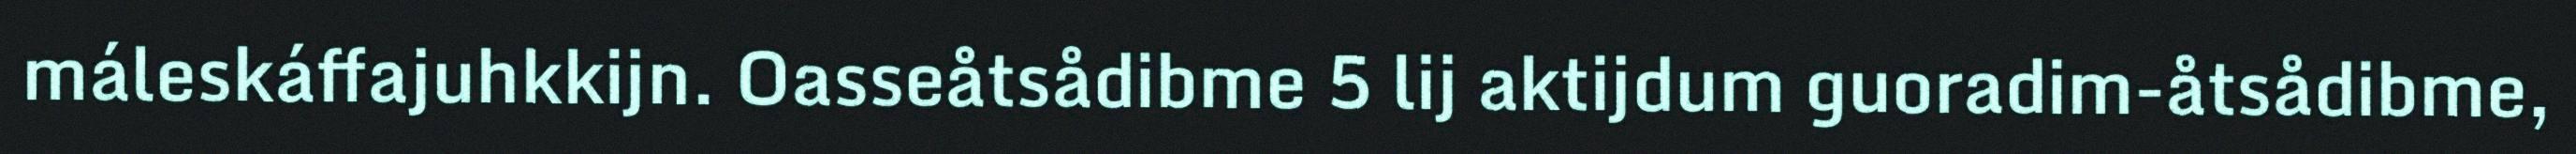
máleskáffajuhkkijn. Oasseåtsådibme 5 lij aktijdum guoradim-åtsådibme,